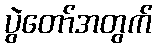
ပွဲတော်အတွက်